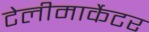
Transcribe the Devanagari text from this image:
टेलीमार्केटर